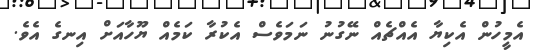
އެމީހުން އެކިޔާ އެއްޗެއް ނޭގުނު ނަމަވެސް އެކުރާ ކަމެއް ޔޫހާއަށް އިނގެ އެވެ.